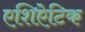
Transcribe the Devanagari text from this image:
एशिऐटिक